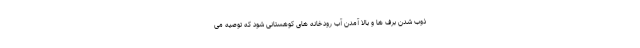
ذوب شدن برف ها و بالا آمدن آب رودخانه های کوهستانی شود که توصیه می